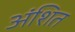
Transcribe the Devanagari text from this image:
अंशित